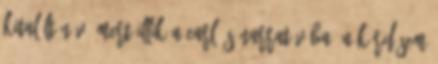
kitalált név, mert illik a Earl-ös narratívába. A kérdésem